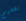
نفسهم